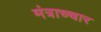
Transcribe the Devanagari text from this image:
मंत्राच्चार